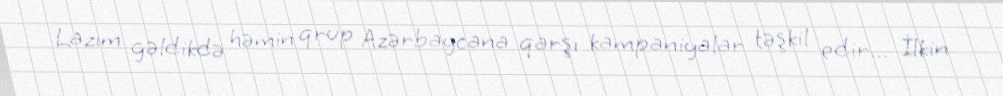
Lazım gəldikdə həmin qrup Azərbaycana qarşı kampaniyalar təşkil edir... İlkin